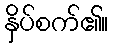
နှိပ်စက်၏။